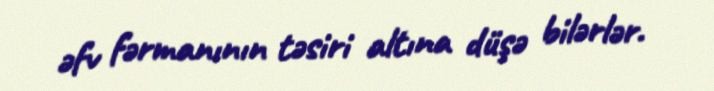
əfv fərmanının təsiri altına düşə bilərlər.